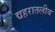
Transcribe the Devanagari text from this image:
द्यहरातलीय